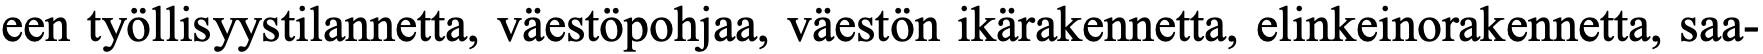
een työllisyystilannetta, väestöpohjaa, väestön ikärakennetta, elinkeinorakennetta, saa-